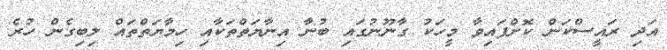
އަދި ރައީސްކަން ކޮށްފައިވާ މީހަކު ގާނޫނުގައި ބުނާ އިނާޔަތްތަކާއި ހިމާޔަތްތައް ލިބިގެން ހުރެ